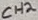
Text: CH2